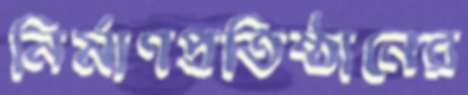
নির্মাণপ্রতিষ্ঠানের